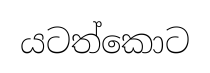
යටත්කොට